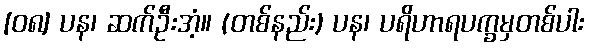
[၀၈] ပန၊ ဆက်ဦးအံ့။ (တစ်နည်း) ပန၊ ပရိဟာရပက္ခမှတစ်ပါး